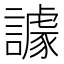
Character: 𧬷